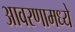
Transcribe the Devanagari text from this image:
आवरणामध्ये